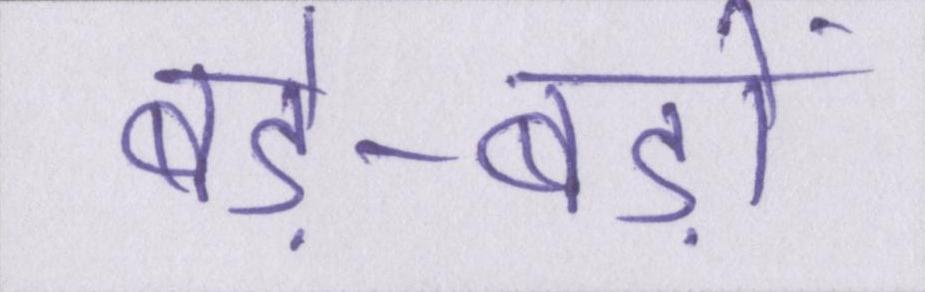
बड़े-बड़ों